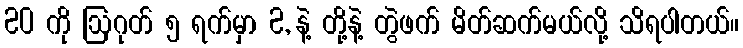
20 ကို ဩဂုတ် ၅ ရက်မှာ 2, နဲ့ တို့နဲ့ တွဲဖက် မိတ်ဆက်မယ်လို့ သိရပါတယ်။